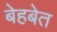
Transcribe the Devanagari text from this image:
बेहबेत